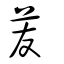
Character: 苃